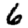
Digit: 6